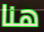
هنا